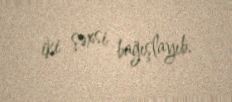
iki şəxsi bağışlayıb.